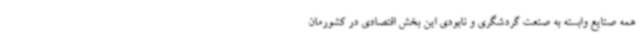
همه صنایع وابسته به صنعت گردشگری و نابودی این بخش اقتصادی در کشورمان